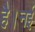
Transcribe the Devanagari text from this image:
है।नई